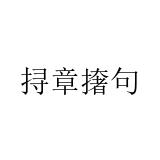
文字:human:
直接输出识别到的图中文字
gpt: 挦章撦句